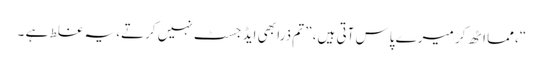
“، مما اٹھ کر میرے پاس آتی ہیں، ” تم ذرا بھی ایڈ جسٹ نہیں کرتے، یہ غلط ہے ۔